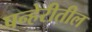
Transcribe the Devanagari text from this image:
पन्हेरीतील